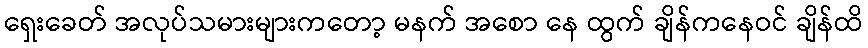
ရှေးခေတ် အလုပ်သမားများကတော့ မနက် အစော နေ ထွက် ချိန်ကနေဝင် ချိန်ထိ